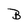
Character: B